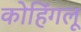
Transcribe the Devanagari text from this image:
कोहिंगलू